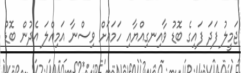
ޖަމީލު ފަދަ ފައިގެ ބޮޑު ވާއިނގިއްޔާއި ހަމައަށް ވިސްނާ އަމިއްލަ އެދުން ބޮޑު